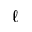
\ell